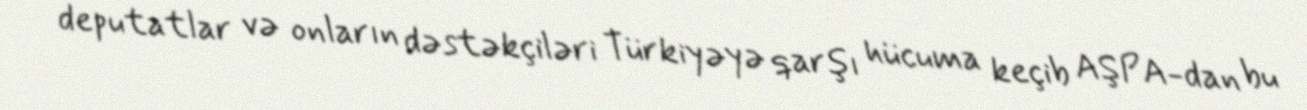
deputatlar və onların dəstəkçiləri Türkiyəyə qarşı hücuma keçib AŞPA-dan bu